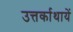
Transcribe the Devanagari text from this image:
उत्तर्काथायें